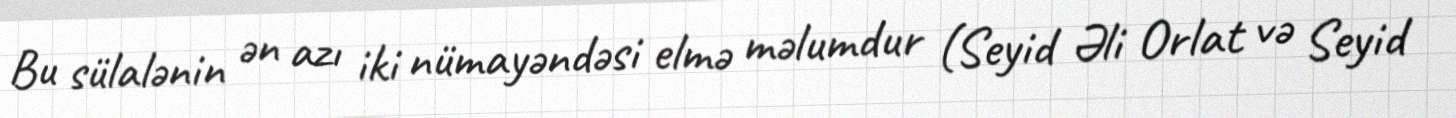
Bu sülalənin ən azı iki nümayəndəsi elmə məlumdur (Seyid Əli Orlat və Seyid